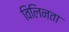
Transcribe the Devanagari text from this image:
विलिनता